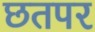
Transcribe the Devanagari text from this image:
छतपर